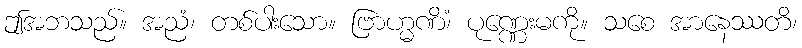
ဤအဘသည်။ အညံ၊ တစ်ပါးသော။ ဗြာဟ္မဏိံ၊ ပုဏ္ဏေးမကို။ သစေ အာနေဿတိ၊